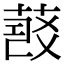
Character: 𦷠